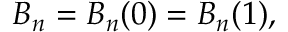
B _ { n } = B _ { n } ( 0 ) = B _ { n } ( 1 ) ,